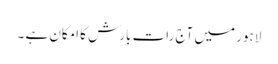
لاہور میں آج رات بارش کا امکان ہے ۔